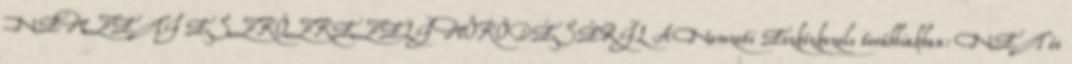
NEMZETI ESZKÖZKEZELİ MŐKÖDÉSÉRİL A Nemzeti Eszközkezelı továbbiakban: NET és